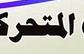
التحر